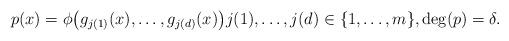
LaTeX: \begin{align*}p(x) = \phi\bigl(g_{j(1)}(x), \ldots, g_{j(d)}(x)\bigr) j(1), \ldots, j(d) \in \{1, \ldots, m \}, \deg(p) = \delta.\end{align*}